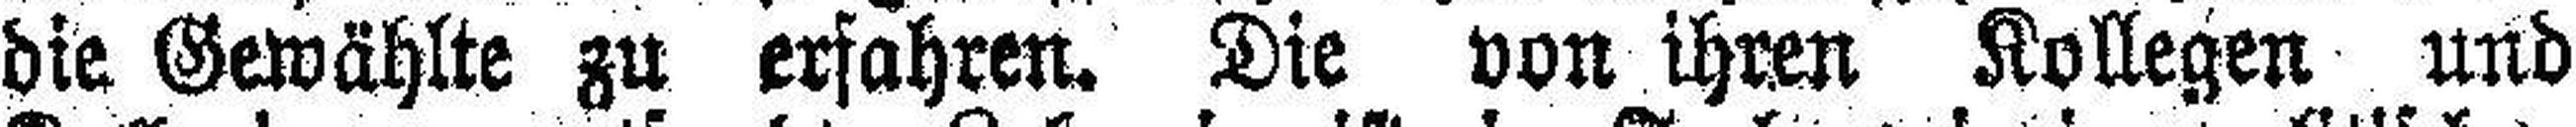
die Gewählte zu erfahren. Die von ihren Kollegen und